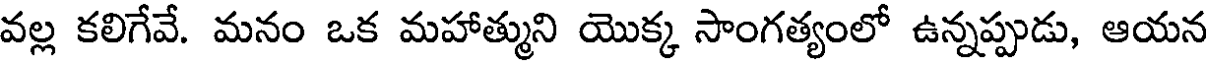
వల్ల కలిగేవే. మనం ఒక మహాత్ముని యొక్క సాంగత్యంలో ఉన్నప్పుడు, ఆయన